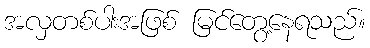
အလှတစ်ပါးအဖြစ် မြင်တွေ့နေရသည်။